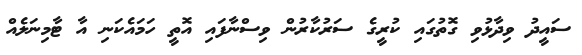
ސައީދު ވިދާޅުވި ގޮތުގައި ކުރީގެ ސަރުކާރުން ވިސްނާފައި އޮތީ ހަމައެކަނި އާ ޓާމިނަލެއް